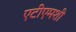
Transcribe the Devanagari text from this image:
एटीएमशी